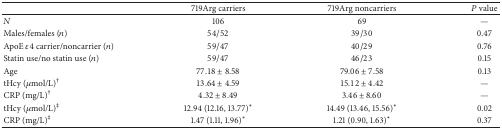
|  | 719Arg carriers | 719Arg noncarriers | P value |
 | --- | --- | --- | --- |
 | N | 106 | 69 | — |
 | Males/females (n) | 54/52 | 39/30 | 0.47 |
 | ApoE ε4 carrier/noncarrier (n) | 59/47 | 40/29 | 0.76 |
 | Statin use/no statin use (n) | 59/47 | 46/23 | 0.15 |
 | Age | 77.18 ± 8.58 | 79.06 ± 7.58 | 0.13 |
 | tHcy (μmol/L)† | 13.64 ± 4.59 | 15.12 ± 4.42 | — |
 | CRP (mg/L)† | 4.32 ± 8.49 | 3.46 ± 8.60 | — |
 | tHcy (μmol/L)‡ | 12.94 (12.16, 13.77)* | 14.49 (13.46, 15.56)* | 0.02 |
 | CRP (mg/L)‡ | 1.47 (1.11, 1.96)* | 1.21 (0.90, 1.63)* | 0.37 |